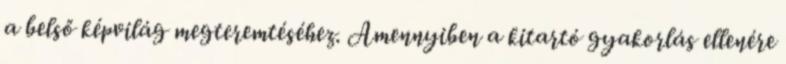
a belső képvilág megteremtéséhez. Amennyiben a kitartó gyakorlás ellenére